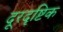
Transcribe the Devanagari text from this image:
दूरदृष्टिक